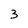
Character: 3